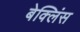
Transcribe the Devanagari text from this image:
बेक्लिंस